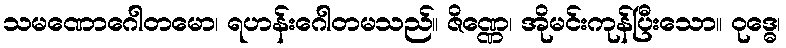
သမဏောဂေါတမော၊ ရဟန်းဂေါတမသည်။ ဇိဏ္ဏေ၊ အိုမင်းကုန်ပြီးသော။ ဝုဒ္ဓေ၊